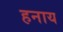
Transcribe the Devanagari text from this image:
हनाय